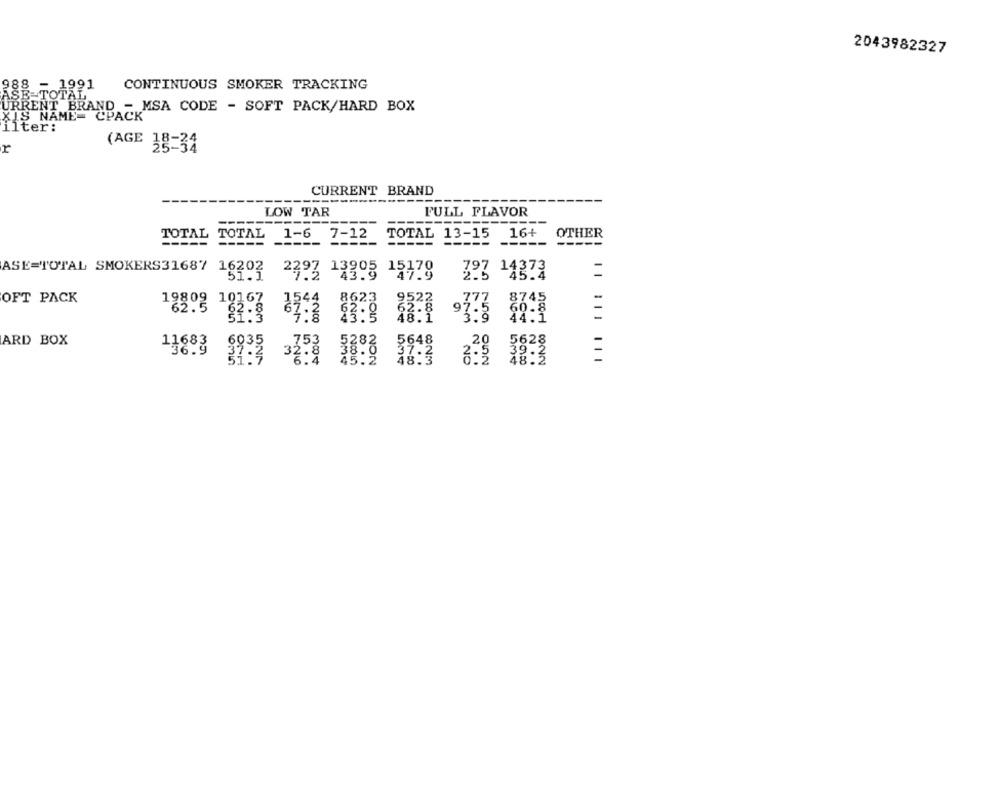
2043982327
988 - 1991
CONTINUOUS SMOKER TRACKING
ASE TOTAL
URRENT BRAND - MSA CODE - SOFT PACK/HARD BOX
XIS NAME= CPACK
ilter:
r
(AGE 38-34
CURRENT BRAND
-----------
------
LOW TAR
FULL FLAVOR
------------
-----
----------
TOTAL
TOTAL
1-6
7-12
TOTAL 13-15
16+
OTHER
----
-----
-----
-----
-----
-----
-----
-----
ASE=TOTAL SMOKERS31687 16202
13905 15170
797 14373
797
51.1
2297
43.9
47.9
2.5
45.4
OFT PACK
19809
9809 10167
9522
9522
8623
82.8
67.2
62.8
44.1
ARD BOX
11683
5648
20
5628
18:3
3.5
48:5